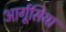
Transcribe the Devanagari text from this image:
आर्गूसिया